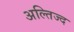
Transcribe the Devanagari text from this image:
अल्तिज्द